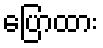
ပြောထား